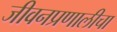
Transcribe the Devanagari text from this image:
जीवनप्रणालीचा